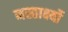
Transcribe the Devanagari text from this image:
नस्तार्क्ष्यो